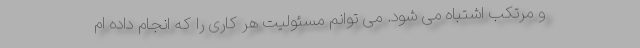
و مرتکب اشتباه می شود. می توانم مسئولیت هر کاری را که انجام داده ام